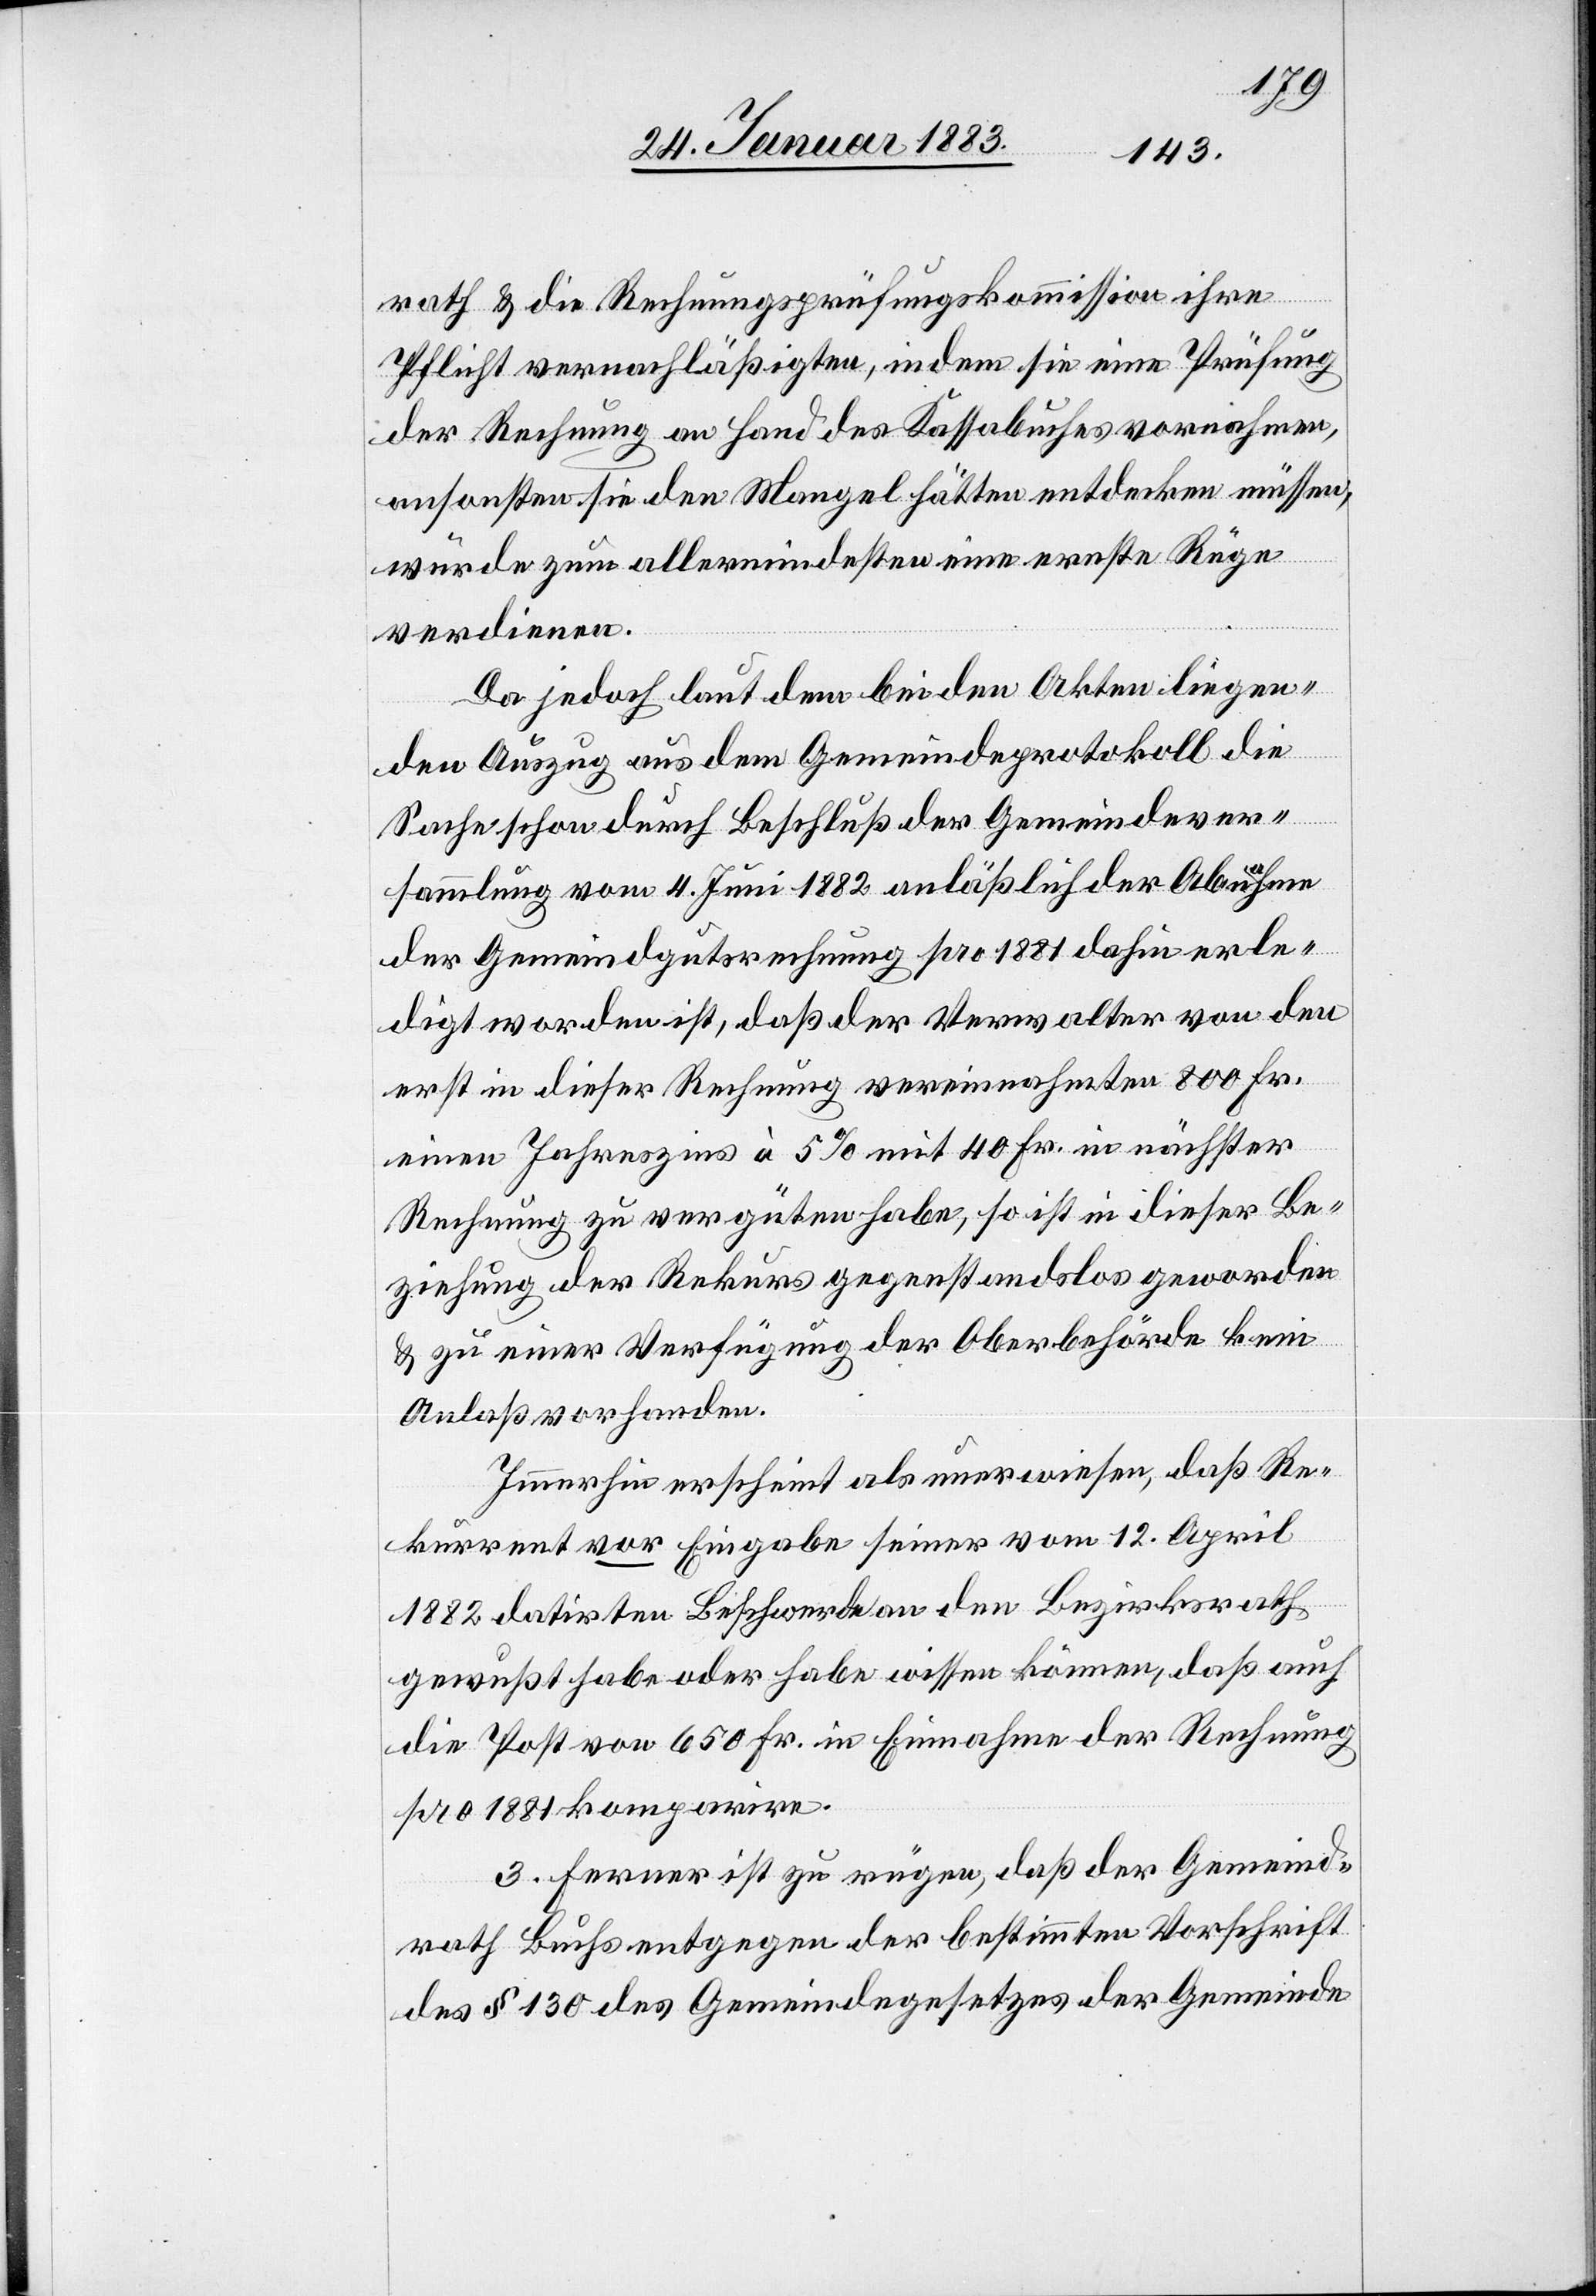
rath & die Rechnungsprüfungskommission ihre
Pflicht vernachläßigten, indem sie eine Prüfung
der Rechnung an Hand des Kassabuches vornahmen,
ansonsten sie den Mangel hätten entdecken müssen,
würde zum allermindesten eine ernste Rüge
verdienen.
Da jedoch laut dem bei den Akten liegen¬
den Auszug aus dem Gemeindeprotokoll die
Sache schon durch Beschluß der Gemeindever¬
sammlung vom 4. Juni 1882 anläßlich der Abnahme
der Gemeindgutsrechnung pro 1881 dahin erle¬
digt worden ist, daß der Verwalter von den
erst in dieser Rechnung vereinnahmten 800 Fr.
einen Jahreszins à 5% mit 40 Fr. in nächster
Rechnung zu vergüten habe, so ist in dieser Be¬
ziehung der Rekurs gegenstandslos geworden
& zu einer Verfügung der Oberbehörde kein
Anlaß vorhanden.
Immerhin erscheint als unerwiesen, daß Re¬
kurrent vor Eingabe seiner vom 12. April
datirten Beschwerde an den Bezirksrath
gewußt habe oder habe wissen müssen, daß auch
die Post von 650 Fr. in Einnahme der Rechnung
pro 1881 komparire.
3. Ferner ist zu rügen, daß der Gemeind¬
rath Buchs entgegen der bestimmten Vorschrift
des § 130 des Gemeindegesetzes der Gemeinde